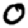
Digit: 0